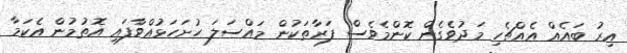
އިރު ބައެއް އެއްޗެހި މަދުވެގެން ކޮންމެވެސް ފަރާތަކުން މައްސަލަ ހުށަހަޅުއްވާފައި އޮތުމުން އެކަމާ